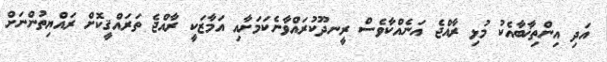
އަދި އިންތިޚާބާއެކު މުޅި ރާއްޖެ އަނެއްކާވެސް ރީނދޫކުރައްވާނެކަމަށާއި އަމާޒަކީ ރާއްޖެ ތަރައްޤީކޮށް ރައްޔިތުންނަށް